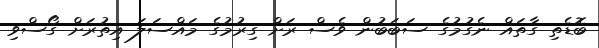
ބޮޑެތި ގާތައް ނެގުމުގެ ސަބަބުން ވެސް ރަށް ގިރުމުގެ މައްސަލަ އިތުރަށް ގޯސްވި